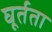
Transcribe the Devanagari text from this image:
घूर्तता